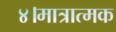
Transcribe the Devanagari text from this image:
४।मात्रात्मक